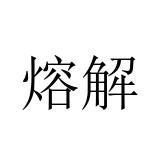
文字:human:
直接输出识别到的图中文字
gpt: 熔解